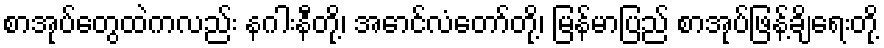
စာအုပ်တွေထဲကလည်း နဂါးနီတို့၊ အောင်လံတော်တို့၊ မြန်မာပြည် စာအုပ်ဖြန့်ချိရေးတို့